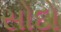
સોદો